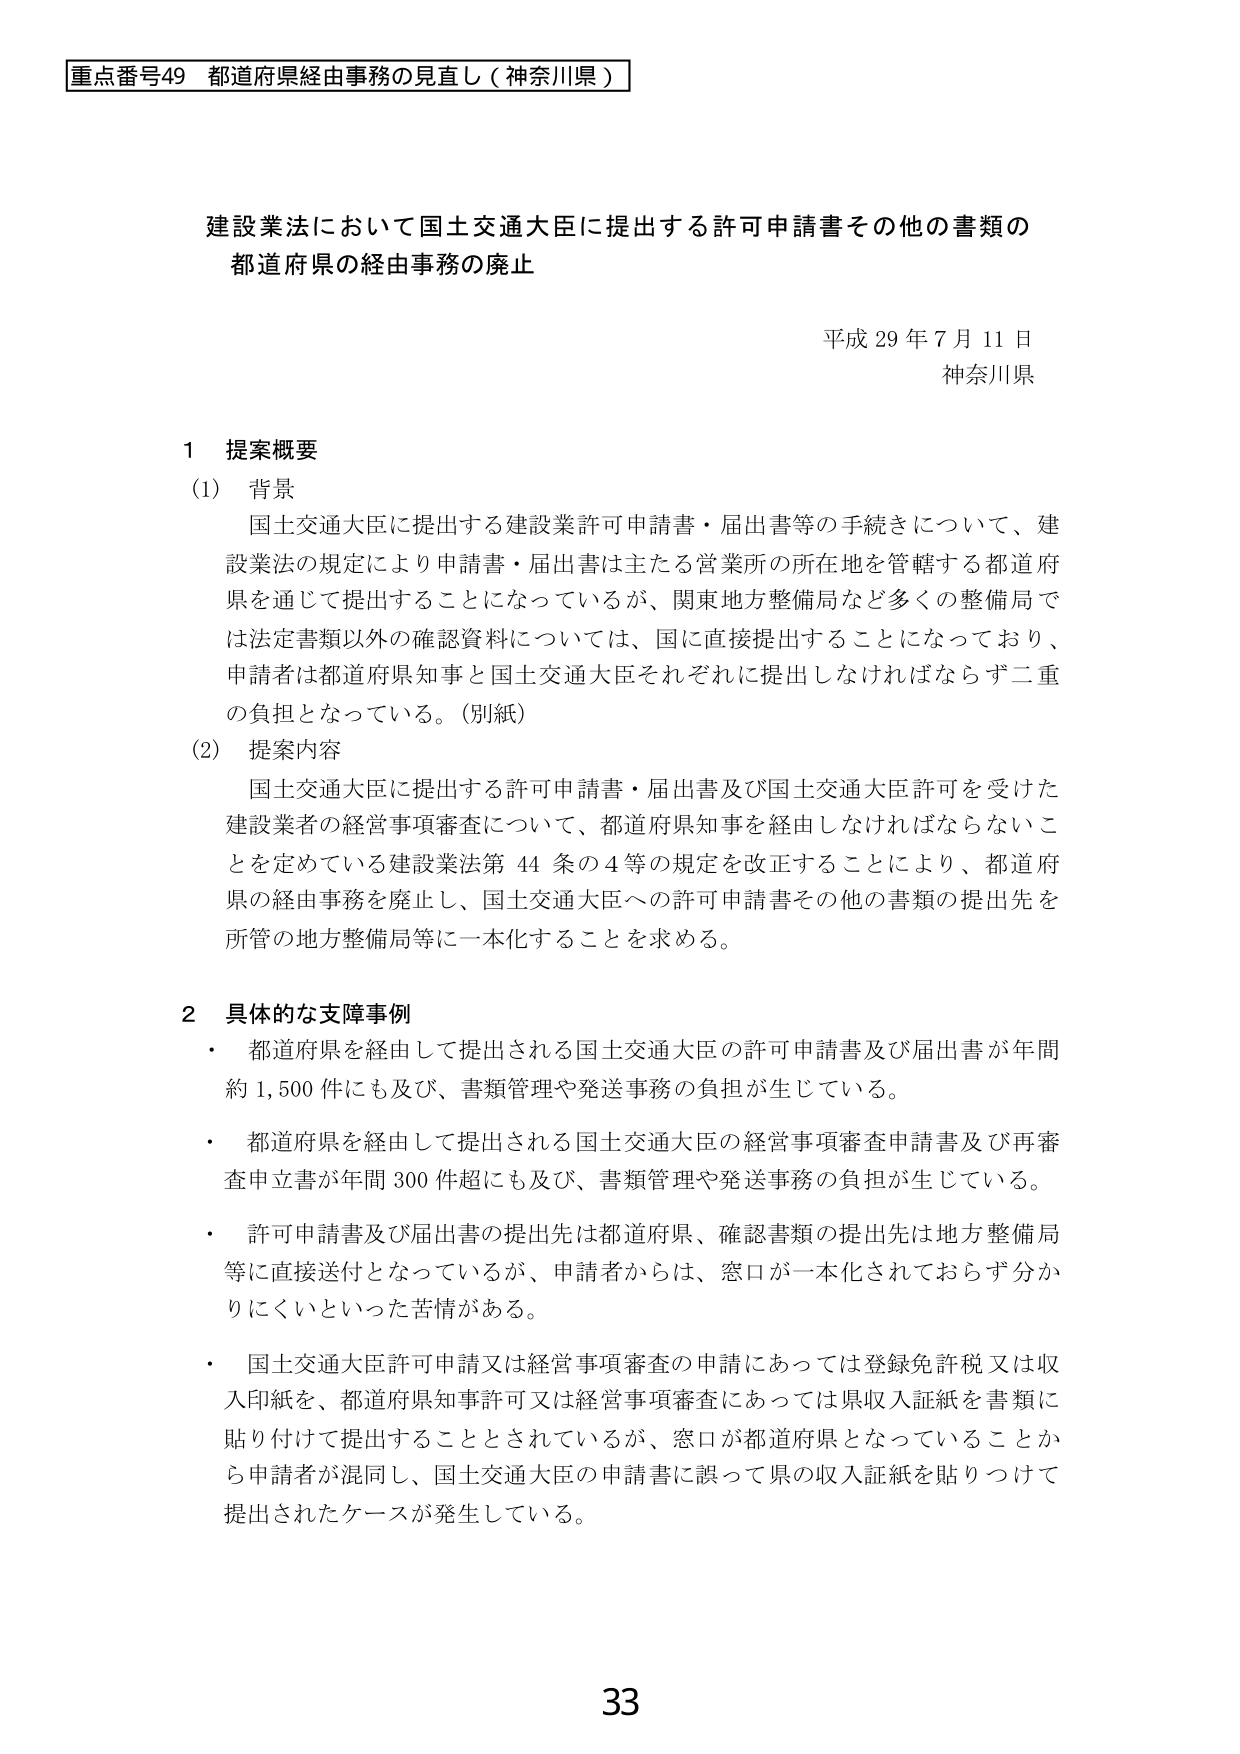
重点番号49 都道府県経由事務の見直し（神奈川県）

建設業法において国土交通大臣に提出する許可申請書その他の書類の
都道府県の経由事務の廃止

平成29年7月11日
神奈川県

1 提案概要
(1) 背景
国土交通大臣に提出する建設業許可申請書・届出書等の手続きについて、建設業法の規定により申請書・届出書は主たる営業所の所在地を管轄する都道府県を通じて提出することになっているが、関東地方整備局など多くの整備局では法定書類以外の確認資料については、国に直接提出することになっており、申請者は都道府県知事と国土交通大臣それぞれに提出しなければならず二重の負担となっている。（別紙）

(2) 提案内容
国土交通大臣に提出する許可申請書・届出書及び国土交通大臣許可を受けた建設業者の経営事項審査について、都道府県知事を経由しなければならないことを定めている建設業法第44条の4等の規定を改正することにより、都道府県の経由事務を廃止し、国土交通大臣への許可申請書その他の書類の提出先を所管の地方整備局等に一本化することを求める。

2 具体的な支障事例
・ 都道府県を経由して提出される国土交通大臣の許可申請書及び届出書が年間約1,500件にも及び、書類管理や発送事務の負担が生じている。
・ 都道府県を経由して提出される国土交通大臣の経営事項審査申請書及び再審査申立書が年間300件超にも及び、書類管理や発送事務の負担が生じている。
・ 許可申請書及び届出書の提出先は都道府県、確認書類の提出先は地方整備局等に直接送付となっているが、申請者からは、窓口が一本化されておらず分かりにくいといった苦情がある。
・ 国土交通大臣許可申請又は経営事項審査の申請にあっては登録免許税又は収入印紙を、都道府県知事許可又は経営事項審査にあっては県収入証紙を書類に貼り付けて提出することとされているが、窓口が都道府県となっていることから申請者が混同し、国土交通大臣の申請書に誤って県の収入証紙を貼りつけて提出されたケースが発生している。

33